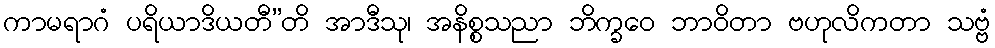
ကာမရာဂံ ပရိယာဒိယတီ”တိ အာဒီသု၊ အနိစ္စသညာ ဘိက္ခဝေ ဘာဝိတာ ဗဟုလိကတာ သဗ္ဗံ